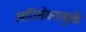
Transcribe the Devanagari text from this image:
अतिसेवनामुळे